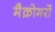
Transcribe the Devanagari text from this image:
मैक्रोमरों